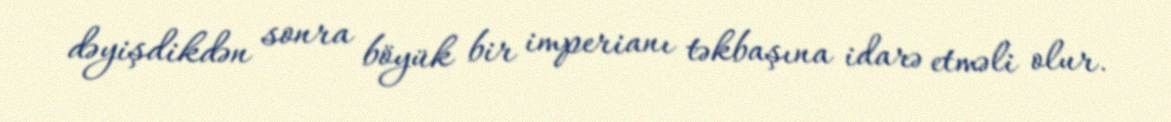
dəyişdikdən sonra böyük bir imperianı təkbaşına idarə etməli olur.